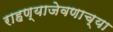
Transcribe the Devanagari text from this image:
राहण्याजेवणाच्या